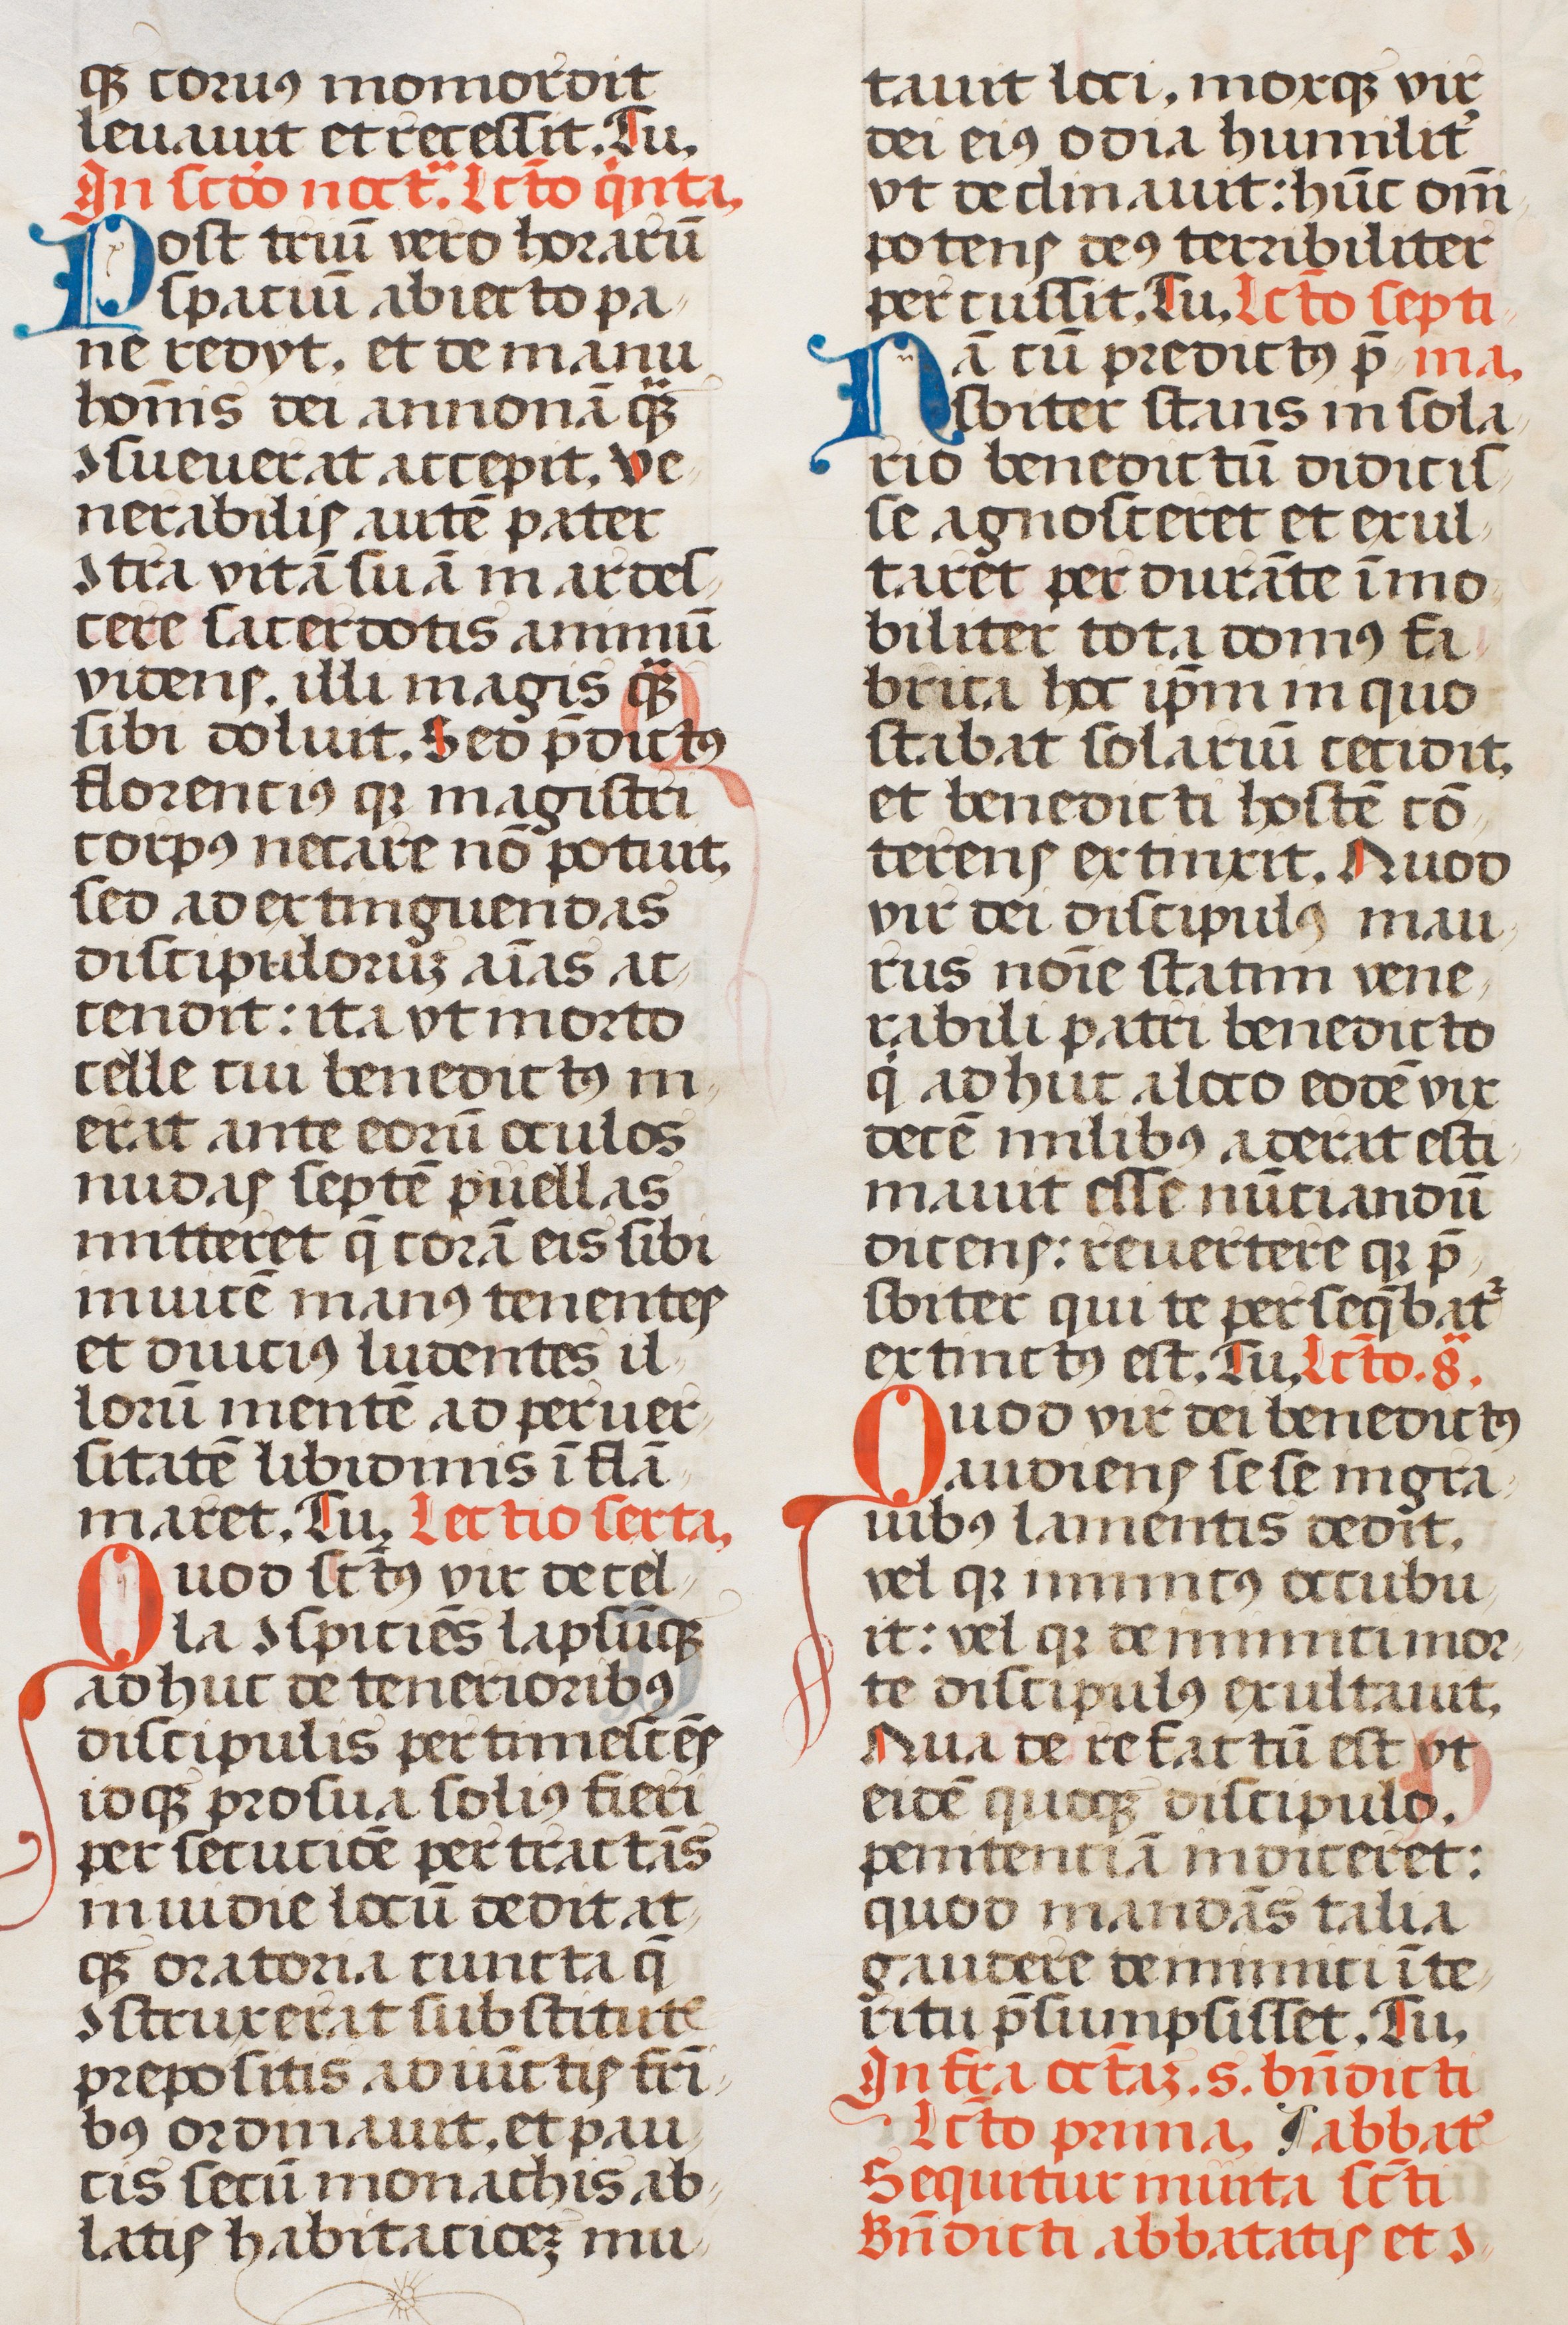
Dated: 1507–1517